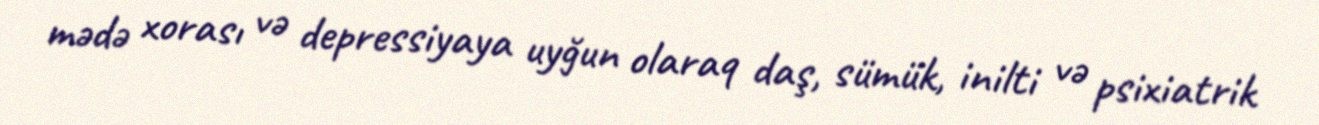
mədə xorası və depressiyaya uyğun olaraq daş, sümük, inilti və psixiatrik